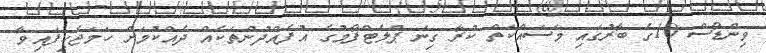
ވިންޑޯސް 10ގެ ބާރުގައި މަސައްކަތް ކުރާ ގިނަ ޕްލެޓްފޯމުގެ އުފެއްދުންތަކެއް ދެއްކުމަށް ހަމަޖެހިފައިވާ